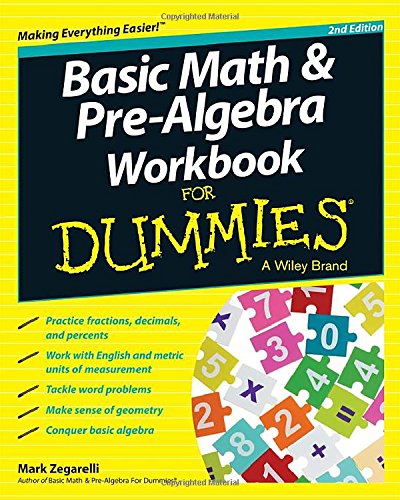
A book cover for Basic Math and Pre-Algebra Workbook For Dummies; Mark Zegarelli; Science & Math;